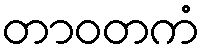
တာဝတကံ